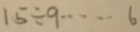
1 5 \div 9 \cdots 6